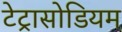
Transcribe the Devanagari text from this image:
टेट्रासोडियम